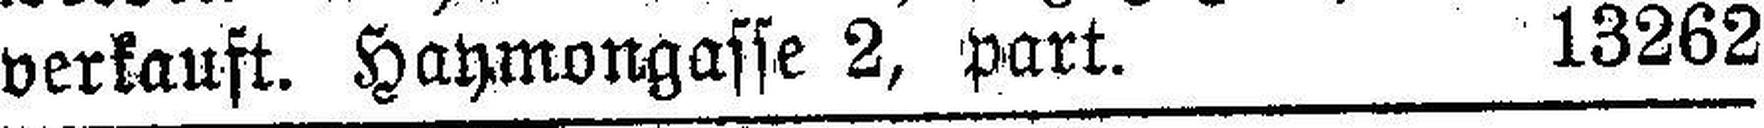
verkauft. Hahmongasse 2, part._13262